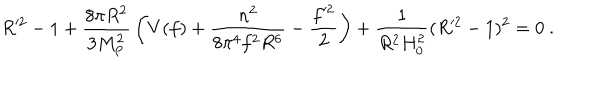
R ^ { 2 } - 1 + { \frac { 8 \pi R ^ { 2 } } { 3 M _ { \mathrm { P } } ^ { 2 } } } \left( V ( f ) + { \frac { n ^ { 2 } } { 8 \pi ^ { 4 } f ^ { 2 } R ^ { 6 } } } - { \frac { f ^ { 2 } } { 2 } } \right) + { \frac { 1 } { R ^ { 2 } H _ { 0 } ^ { 2 } } } ( R ^ { 2 } - 1 ) ^ { 2 } = 0 \ .